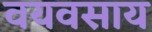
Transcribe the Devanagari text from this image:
वयवसाय